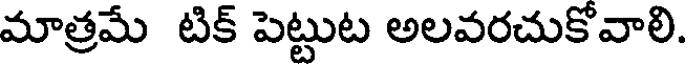
మాత్రమే టిక్ పెట్టుట అలవరచుకోవాలి.